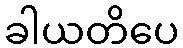
ခါယတိပေ